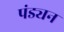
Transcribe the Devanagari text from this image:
पंड्यन